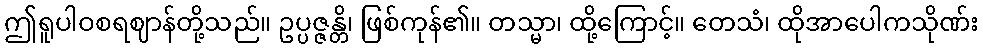
ဤရူပါဝစရဈာန်တို့သည်။ ဥပ္ပဇ္ဇန္တိ၊ ဖြစ်ကုန်၏။ တသ္မာ၊ ထို့ကြောင့်။ တေသံ၊ ထိုအာပေါကသိုဏ်း